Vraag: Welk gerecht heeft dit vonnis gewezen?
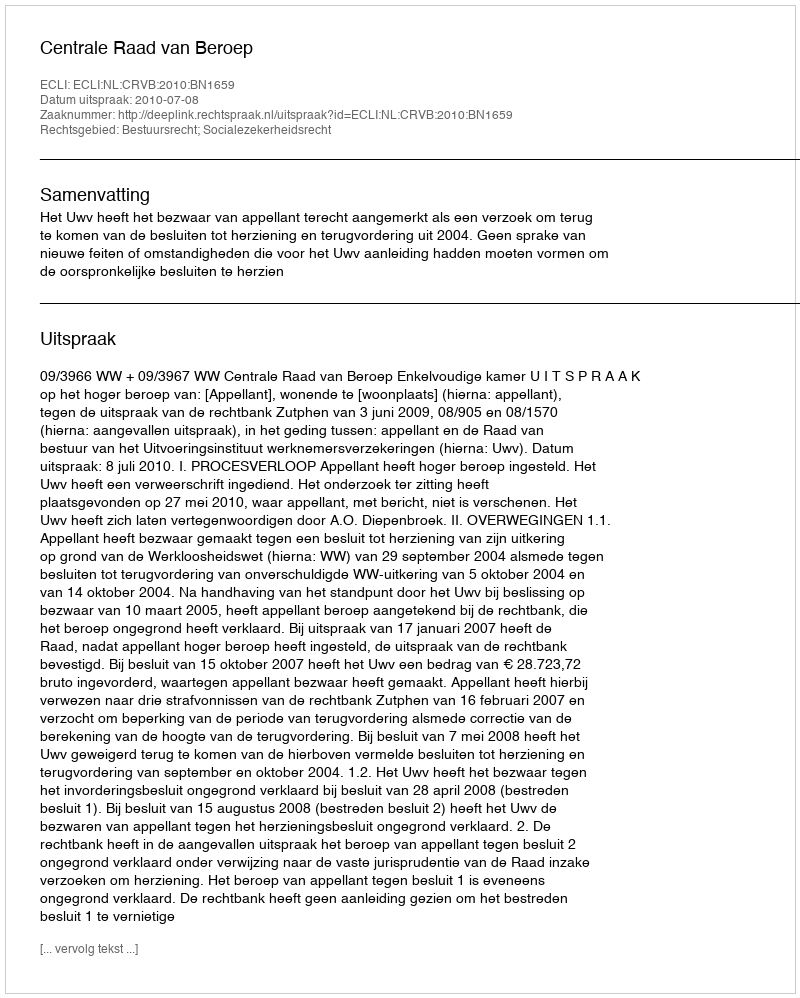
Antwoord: Centrale Raad van Beroep